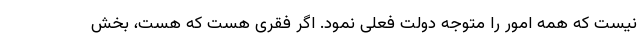
نیست که همه امور را متوجه دولت فعلی نمود. اگر فقری هست که هست، بخش